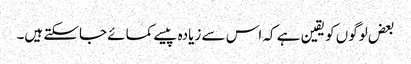
بعض لوگوں کو یقین ہے کہ اس سے زیادہ پیسے کمائے جاسکتے ہیں۔